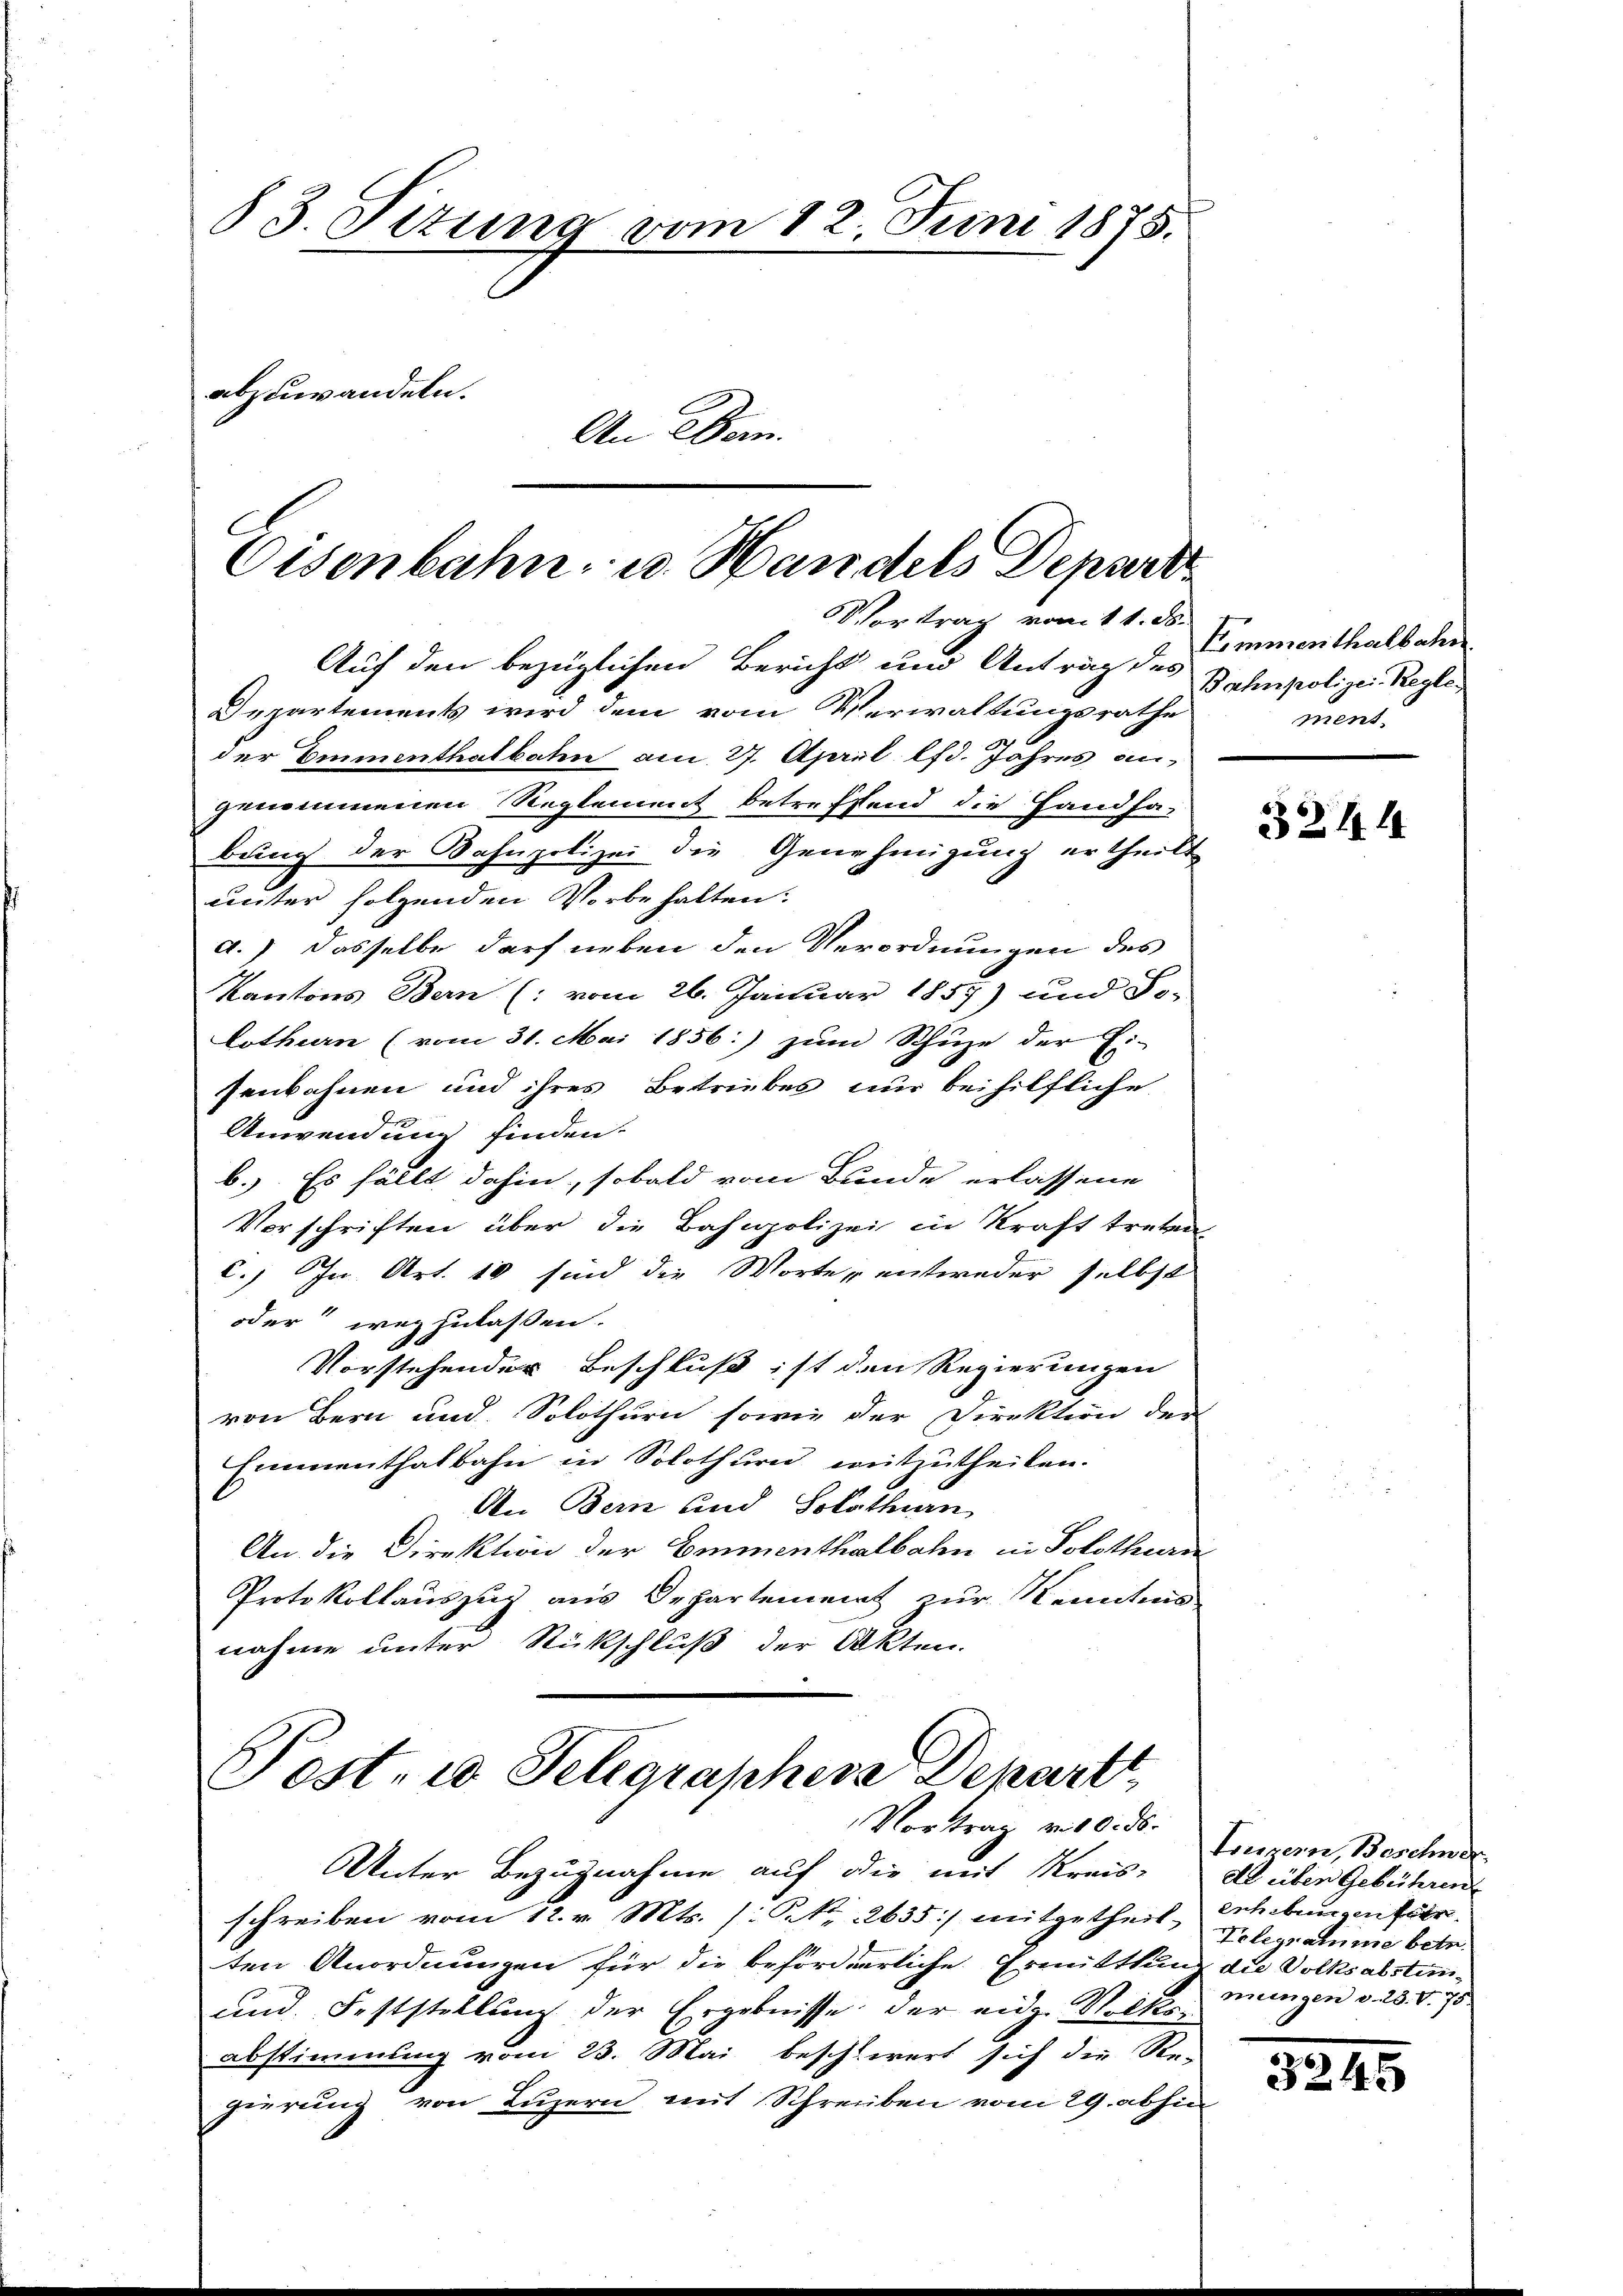
83. Sizung vom 12. Juni 1875.
abzuwandeln.
An Bern.

Eisenbahn u. Handels Depart
Vortrag vom 11. ds.

Auf den bezüglichen Bericht und Antrag des
Departements wird dem vom Verwaltungsrathe
der Emmenthalbahn am 27. April lfd. Jahres angenommenen Reglement betreffend die Handha-
bung der Bahnpolizei die Genehmigung ertheilt
unter folgenden Vorbehalten:
d.) Dasselbe darf neben den Verordnungen des
Kantons Bern (: vom 26. Januar 1857) und So-
Lothurn (vom 31. Mai 1856.) zum Schuze der Ei-
senbahnen und ihres Betriebes nur beihilfliche
Anwendung finden.
b. Es fällt dahin, sobald vom Bunde erlassene
Vorschriften über die Bahnpolizei in Kraft treten
C.) In Art. 10 sind die Worter entweder selbst
oder wegzulassen.
Vorstehender Beschluß ist den Regierungen
von Bern und Solothurn sowie der Direktion der
Emmenthalbahn in Solothurn mitzutheilen.
An Bern und Solothurn
An die Direktion der Emmenthalbahn in Solothurn
Protokollauszug aus Departement zur Kenntnis
nahme unter Rückschluß der Akten.

Post. 10. Telegraphese Departt
Vortrag v. 10. ds.

Unter Bezugnahme auf die mit Kreis-
schreiben vom 12. v. Mts. (: St. 2635) mitgetheil, Erhebungen für
ten Anordnungen für die beforderliche Ermittlung die Volksabstün¬
und Feststellung der Ergebnisse der eidg. Volksabstimmung vom 23. Mai beschliert sich die Re-
gierung von Luzern mit Schreiben vom 29. abhin

Sömmerthalbahn
Bahnpolizei-Reglement.

3244

Tonnern, Beschne
de üben Gebühren
Telegramme betr.
mungen v. 23. V. 75.

.